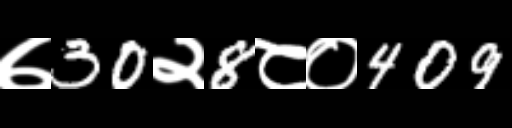
Text: ७30२8८०409